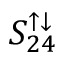
S _ { 2 4 } ^ { \uparrow \downarrow }